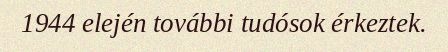
1944 elején további tudósok érkeztek.